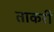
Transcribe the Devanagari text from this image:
ताकरी